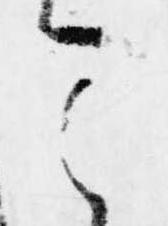
之